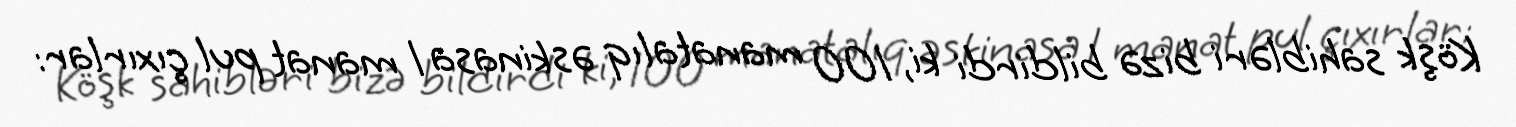
Köşk sahibləri bizə bildirdi ki, 100 manatalıq əskinasa 1 manat pul çıxırlar: